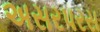
અસરપરસ